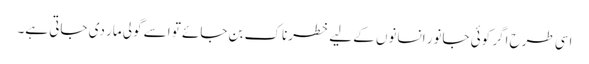
اسی طرح اگر کوئی جانور انسانوں کے لیے خطرناک بن جائے تو اسے گولی مار دی جاتی ہے۔